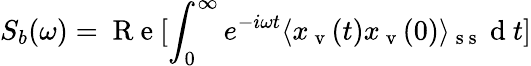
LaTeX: S_{b}(\omega)=\mathrm{~R~e~}[\int_{0}^{\infty}e^{-i\omega t}\langle x_{\mathrm{~v~}}(t)x_{\mathrm{~v~}}(0)\rangle_{\mathrm{~s~s~}}\mathrm{~d~}t]